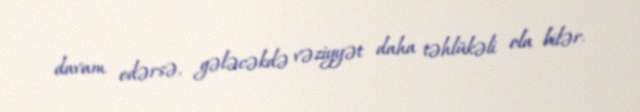
davam edərsə, gələcəkdə vəziyyət daha təhlükəli ola bilər.